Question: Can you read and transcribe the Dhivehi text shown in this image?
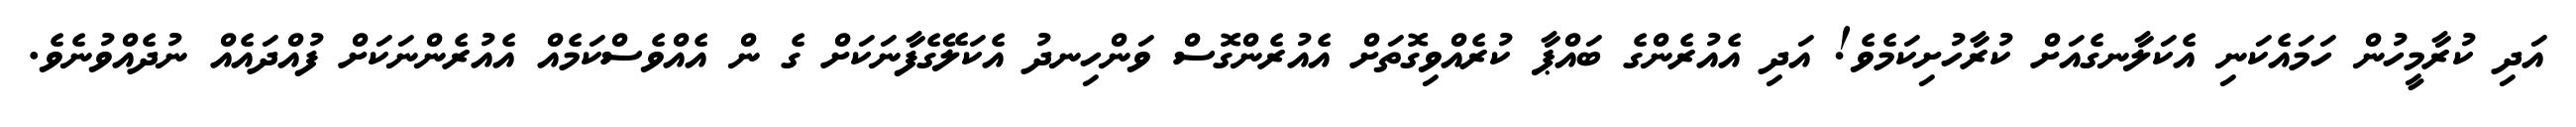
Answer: އަދި ކުރާމީހުން ހަމައެކަނި އެކަލާނގެއަށް ކުރާހުށިކަމެވެ! އަދި އެއުރެންގެ ބައްޕާ ކުރެއްވިގޮތަށް އެއުރެންގޮސް ވަންހިނދު އެކަލޭގެފާނަކަށް ގެ ން އެއްވެސްކަމެއް އެއުރެންނަކަށް ފުއްދައެއް ނުދެއްވުނެވެ.